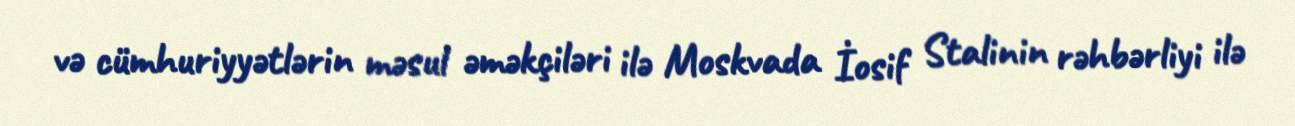
və cümhuriyyətlərin məsul əməkçiləri ilə Moskvada İosif Stalinin rəhbərliyi ilə